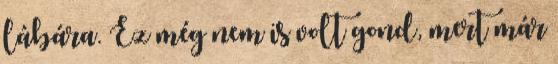
lábára. Ez még nem is volt gond, mert már